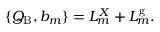
\{ Q _ { \mathrm { B } } , b _ { m } \} = L _ { m } ^ { X } + L _ { m } ^ { \mathrm { g } } .